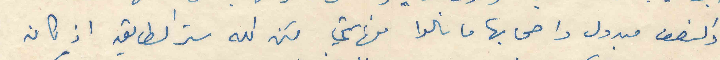
والنصف مبدول واصحابها ما نالوا منها شي لكن الله ستر الطابق اذ كان